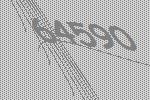
64590